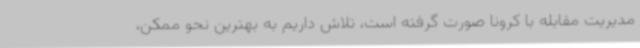
مدیریت مقابله با کرونا صورت گرفته است، تلاش داریم به بهترین نحو ممکن،